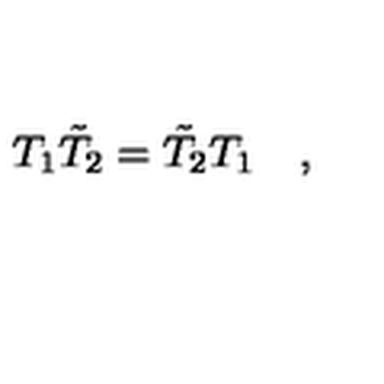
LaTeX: T _ { 1 } \tilde { T } _ { 2 } = \tilde { T } _ { 2 } T _ { 1 } \quad ,